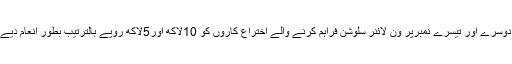
جبکہ دوسرے اور تیسرے نمبرپر ون لائنر سلوشن فراہم کرنے والے اختراع کاروں کو 10لاکھ اور5لاکھ روپے بالترتیب بطور انعام دیے گئے۔